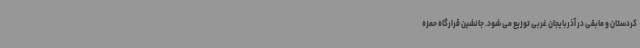
کردستان و مابقی در آذربایجان غربی توزیع می شود. جانشین قرارگاه حمزه